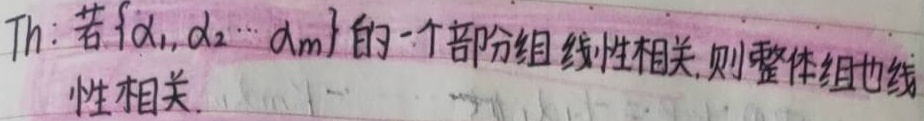
Th: 若\(\{ \alpha_1, \alpha_2, \cdots, \alpha_m\}\)的一个部分组线性相关，则整体组也线性相关。